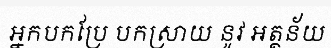
អ្នកបកប្រែ បកស្រាយ នូវ អត្ថន័យ